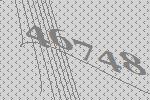
46748